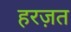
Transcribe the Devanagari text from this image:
हरज़त